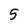
Character: 5